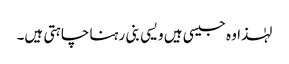
لہٰذا وہ جیسی ہیں ویسی بنی رہنا چاہتی ہیں۔